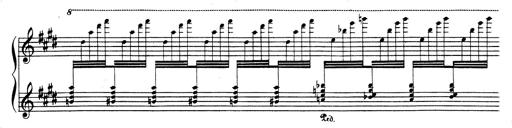
Title: Rhapsodie espagnole
Composer: Franz Liszt